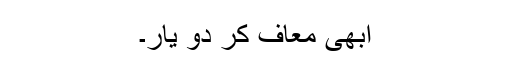
ابھی معاف کر دو یار۔